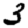
Digit: 3